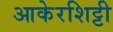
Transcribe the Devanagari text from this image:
आकेरशिट्टी